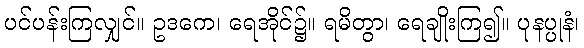
ပင်ပန်းကြလျှင်။ ဥဒကေ၊ ရေအိုင်၌။ ရမိတွာ၊ ရေချိုးကြ၍။ ပုနပ္ပုနံ၊